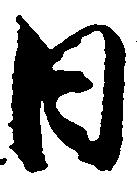
日